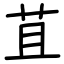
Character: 苴